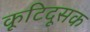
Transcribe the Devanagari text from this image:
कूटिदूसक